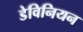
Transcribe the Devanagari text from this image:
डेविनियन